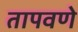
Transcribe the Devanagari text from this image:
तापवणे